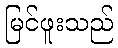
မြင်ဖူးသည်